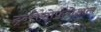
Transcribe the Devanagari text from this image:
ट्रन्सेसोफगेअल